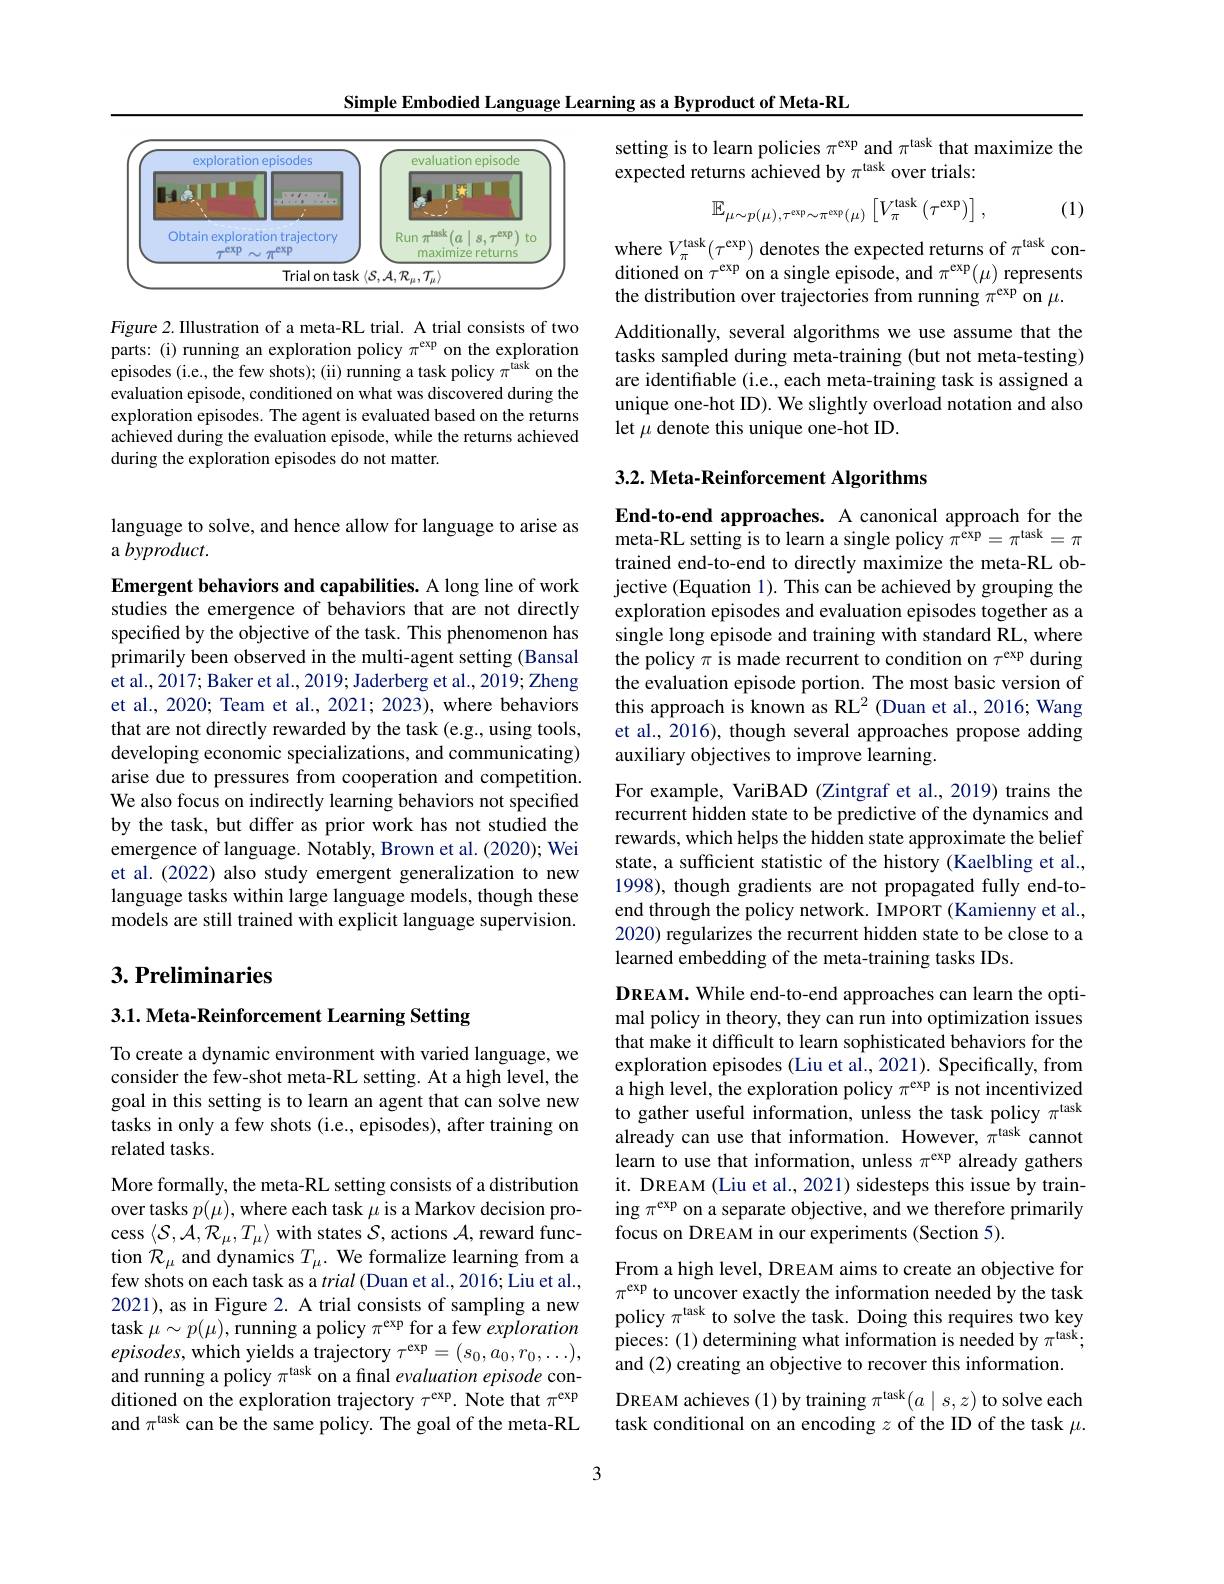
Simple Embodied Language Learning as a Byproduct of Meta-RL

<FigureHere>

Figure 2. Illustration of a meta-RL trial. A trial consists of two parts: (i) running an exploration policy $\pi^\mathrm{exp}$ on the exploration episodes (i.e., the few shots); (ii) running a task policy $\pi^\mathrm{task}$ on the evaluation episode, conditioned on what was discovered during the exploration episodes. The agent is evaluated based on the returns achieved during the evaluation episode, while the returns achieved during the exploration episodes do not matter.

language to solve, and hence allow for language to arise as
a byproduct.

Emergent behaviors and capabilities. A long line of work studies the emergence of behaviors that are not directly specified by the objective of the task. This phenomenon has primarily been observed in the multi-agent setting (Bansal et al. , 2017; Baker et al. , 2019; Jaderberg et al. , 2019; Zheng et al., 2020; Team et al., 2021; 2023), where behaviors that are not directly rewarded by the task (e.g., using tools, developing economic specializations, and communicating) arise due to pressures from cooperation and competition. We also focus on indirectly learning behaviors not specified by the task, but differ as prior work has not studied the emergence of language. Notably, Brown et al. (2020); Wei et al.(2022) also study emergent generalization to new language tasks within large language models, though these models are still trained with explicit language supervision.

## $3. \textbf{Preliminaries}$

3.1. Meta- Reinforcement Learning Setting

To create a dynamic environment with varied language, we consider the few-shot meta-RL setting. At a high level, the goal in this setting is to learn an agent that can solve new tasks in only a few shots (i.e., episodes), after training on related tasks.

More formally, the meta-RL setting consists of a distribution over tasks $p(\mu)$, where each task $\mu$ is a Markov decision process $\langle\mathcal{S},\mathcal{A},\mathcal{R}_\mu,T_\mu\rangle$ with states $\mathcal{S}$, actions $\mathcal{A}$, reward function $\mathcal{R}_\mu$ and dynamics $T_\mu.$ We formalize learning from a few shots on each task as a trial (Duan et al., 2016; Liu et al., 2021), as in Figure 2. A trial consists of sampling a new task $\mu\sim p(\mu)$, running a policy $\pi^\mathrm{exp}$ for a few exploration $episodes$,which yields a trajectory $\tau^\mathrm{exp}=(s_0,a_0,r_0,\ldots)$, and running a policy $\pi^\mathrm{task}$ on a final evaluation episode conditioned on the exploration trajectory $\tau^\mathrm{exp}.$ Note that $\pi^\mathrm{exp}$ and $\pi^\text{task can be the same policy. The goal of the meta-RL}$

setting is to learn policies $\pi^\mathrm{exp}$ and $\pi^\mathrm{task}$ that maximize the
expected returns achieved by $\pi^\mathrm{task}$ over trials:
$$\mathbb{E}_{\mu\sim p(\mu),\tau^{\exp}\sim\pi^{\exp}(\mu)}\left[V_{\pi}^{\mathrm{task}}\left(\tau^{\mathrm{exp}}\right)\right],$$
(1)

where $V_\pi^{\mathrm{task}}(\tau^{\mathrm{exp}})$ denotes the expected returns of $\pi^\mathrm{task}$ conditioned on $\tau^\mathrm{exp}$ on a single episode, and $\pi^\mathrm{exp}(\mu)$ represents the distribution over trajectories from running $\pi^\mathrm{exp}$ on $\mu.$

Additionally, several algorithms we use assume that the tasks sampled during meta-training (but not meta-testing) are identifiable (i.e., each meta-training task is assigned a unique one-hot ID). We slightly overload notation and also let $\mu$ denote this unique one-hot ID.

# 3.2. Meta- Reinforcement Algorithms

End-to-end approaches. A canonical approach for the meta-RL setting is to learn a single policy $\pi^\mathrm{exp}=\pi^\mathrm{task}=\pi$ trained end-to-end to directly maximize the meta-RL objective (Equation 1). This can be achieved by grouping the exploration episodes and evaluation episodes together as a single long episode and training with standard RL, where the policy $\pi$ is made recurrent to condition on $\tau^\mathrm{exp}$ during the evaluation episode portion. The most basic version of this approach is known as RL$^{2}$ (Duan et al., 2016; Wang et al., 2016), though several approaches propose adding auxiliary objectives to improve learning.
For example, VariBAD (Zintgraf et al., 2019) trains the recurrent hidden state to be predictive of the dynamics and rewards, which helps the hidden state approximate the belief state, a sufficient statistic of the history (Kaelbling et al., 1998), though gradients are not propagated fully end-toend through the policy network. IMPORT (Kamienny et al., 2020) regularizes the recurrent hidden state to be close to a learned embedding of the meta-training tasks IDs.

DREAM. While end-to-end approaches can learn the optimal policy in theory, they can run into optimization issues that make it difficult to learn sophisticated behaviors for the exploration episodes (Liu et al., 2021). Specifically, from a high level, the exploration policy $\pi^\mathrm{exp}$ is not incentivized to gather useful information, unless the task policy $\pi^\mathrm{task}$ already can use that information. However, $\hat{\pi}^\mathrm{task}$ cannot learn to use that information, unless $\pi^\mathrm{exp}$ already gathers it. DREAM (Liu et al., 2021) sidesteps this issue by training $\pi^\mathrm{exp}$ on a separate objective, and we therefore primarily focus on DREAM in our experiments (Section 5).

From a high level, DREAM aims to create an objective for $\pi^\mathrm{exp}$ to uncover exactly the information needed by the task policy $\pi^\mathrm{task}$ to solve the task. Doing this requires two key pieces:(1) determining what information is needed by $\pi^\mathrm{task};$ and (2) creating an objective to recover this information.
DREAM achieves (1) by training $\pi^\mathrm{task}(a\mid s,z)$ to solve each task conditional on an encoding $z$ of the ID of the task $\mu.$

3